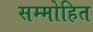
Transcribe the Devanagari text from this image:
सम्‍मोहित